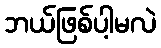
ဘယ်ဖြစ်ပါ့မလဲ